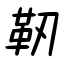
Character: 靱